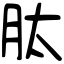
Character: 肽